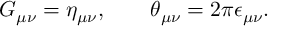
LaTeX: G _ { \mu \nu } = \eta _ { \mu \nu } , \qquad \theta _ { \mu \nu } = 2 \pi \epsilon _ { \mu \nu } .